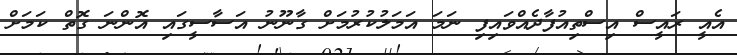
އެއީ ރައީސް އިސްތިއުފާދެއްވައިފި ނަމަ އަމަލުކުރުމަށް ގާނޫނު އަސާސީގައި އޮންނަ ގޮތް ކަމަށް